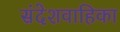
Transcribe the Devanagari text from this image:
संदेशवाहिका